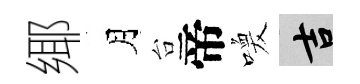
鄊月台帝喚吉